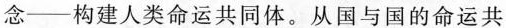
念—构建人类命运共同体。从国与国的命运共